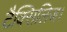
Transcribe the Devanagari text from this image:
टैक्सिलिज।